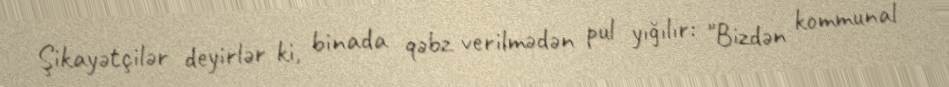
Şikayətçilər deyirlər ki, binada qəbz verilmədən pul yığılır: "Bizdən kommunal